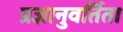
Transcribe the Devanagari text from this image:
प्रज्ञानुवर्तिता